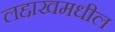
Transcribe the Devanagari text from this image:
लद्दाखमधील